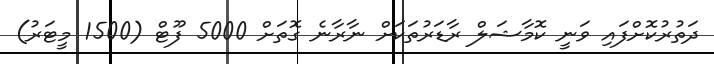
ދަތުރުކޮށްފައި ވަނީ ކޮމާޝަލް ރާޑަރުތަކަށް ނާރާނެ ގޮތަށް 5000 ފޫޓް (1500 މީޓަރު)